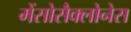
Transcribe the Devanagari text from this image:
मेंसोसैक्लोनेस